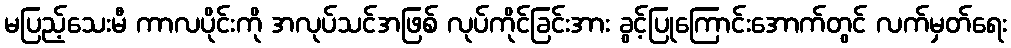
မပြည့်သေးမီ ကာလပိုင်းကို အလုပ်သင်အဖြစ် လုပ်ကိုင်ခြင်းအား ခွင့်ပြုကြောင်းအောက်တွင် လက်မှတ်ရေး